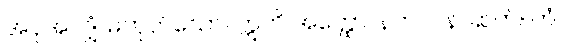
အပိုအလျှံ၊ မဟုတ်သော။ ဣတိ အတ္ထော၊ နက်။ ပန၊ ဆက်။ တံ၊